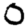
Digit: 0